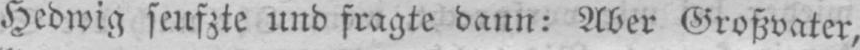
Hedwig seufzte und fragte dann: Aber Großvater,